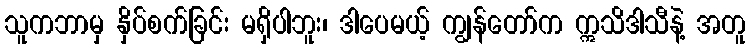
သူကဘာမှ နှိပ်စက်ခြင်း မရှိပါဘူး၊ ဒါပေမယ့် ကျွန်တော်က ဣသိဒါသီနဲ့ အတူ